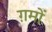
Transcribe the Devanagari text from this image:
ग़मों